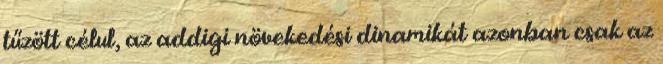
tűzött célul, az addigi növekedési dinamikát azonban csak az